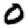
Digit: 0